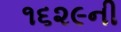
૧૬૨૯ની